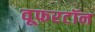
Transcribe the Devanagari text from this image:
वूफरटॉन